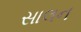
સાલન